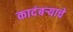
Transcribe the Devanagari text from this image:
कादंबऱ्याचे